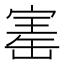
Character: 寚